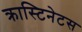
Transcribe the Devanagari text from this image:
क्रास्टिनेटस